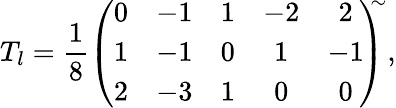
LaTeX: T_{l}=\frac{1}{8}\left(\begin{array}{ccccc}{{0}}&{{-1}}&{{1}}&{{-2}}&{{2}}\\ {{1}}&{{-1}}&{{0}}&{{1}}&{{-1}}\\ {{2}}&{{-3}}&{{1}}&{{0}}&{{0}}\end{array}\! \right)^{\! \! \! \sim},